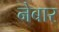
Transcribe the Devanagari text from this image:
नेबार